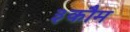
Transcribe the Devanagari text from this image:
३कौम